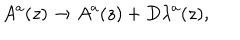
A ^ { a } ( z ) \rightarrow A ^ { a } ( z ) + D \lambda ^ { a } ( z ) ,